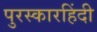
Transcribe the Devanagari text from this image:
पुरस्कारहिंदी